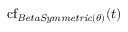
\operatorname { c f } _ { \mathit { B e t a S y m m e t r i c } ( \theta ) } ( t )